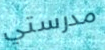
مدرستي